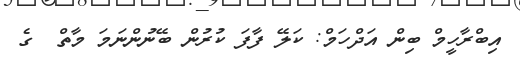
އިބްރާހީމް ބިން އަދްހަމް: ކަލޭ ފާފަ ކުރުން ބޭނުންނަމަ މާތް  ގެ